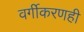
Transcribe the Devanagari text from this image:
वर्गीकरणही